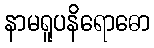
နာမရူပနိရောဓော